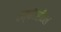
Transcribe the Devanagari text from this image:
एम्पीयरीकल